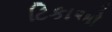
ટિકાઓ